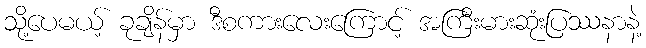
သို့ပေမယ့် ခုချိန်မှာ ဒီစကားလေးကြောင့် အကြီးမားဆုံးပြဿနာနဲ့